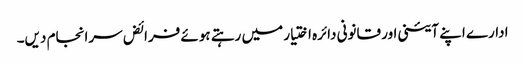
ادارے اپنے آئینی اور قانونی دائرہ اختیار میں رہتے ہوئے فرائض سرانجام دیں۔